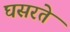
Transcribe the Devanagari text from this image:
घसरते